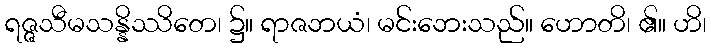
ရဇ္ဇသီမသန္နိဿိတေ၊ ၌။ ရာဇဘယံ၊ မင်းဘေးသည်။ ဟောတိ၊ ၏။ ဟိ၊